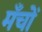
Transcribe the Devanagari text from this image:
मँचों